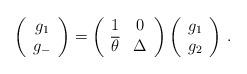
LaTeX: \begin{align*}\left(\begin{array}{c} g_1 \\ g_- \end{array}\right) = \left(\begin{array}{cc} 1 & 0 \\ \overline\theta & \Delta \end{array}\right)\left(\begin{array}{c} g_1 \\ g_2 \end{array}\right)\,.\end{align*}